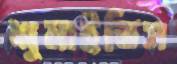
শুনাইতিস